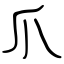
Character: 爪